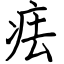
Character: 㾀